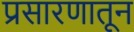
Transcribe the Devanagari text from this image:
प्रसारणातून